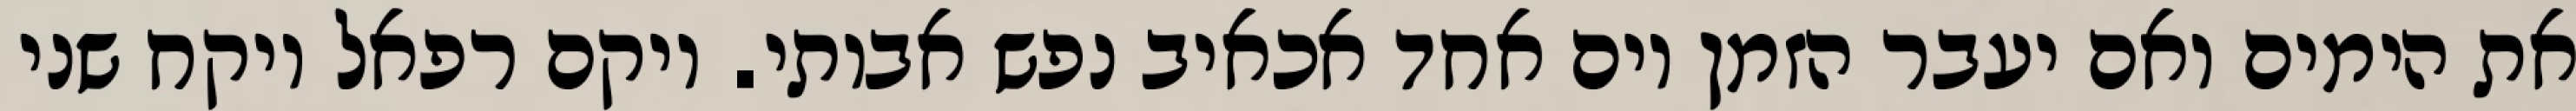
את הימים ואם יעבר הזמן יום אחד אכאיב נפש אבותי. ויקם רפאל ויקח שני